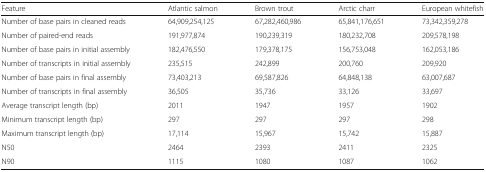
<table><thead><tr><td><b>Feature</b></td><td><b>Atlantic salmon</b></td><td><b>Brown trout</b></td><td><b>Arctic charr</b></td><td><b>European whitefish</b></td></tr></thead><tbody><tr><td>Number of base pairs in cleaned reads</td><td>64,909,254,125</td><td>67,282,460,986</td><td>65,841,176,651</td><td>73,342,359,278</td></tr><tr><td>Number of paired-end reads</td><td>191,977,874</td><td>190,239,319</td><td>180,232,708</td><td>209,578,198</td></tr><tr><td>Number of base pairs in initial assembly</td><td>182,476,550</td><td>179,378,175</td><td>156,753,048</td><td>162,053,186</td></tr><tr><td>Number of transcripts in initial assembly</td><td>235,515</td><td>242,899</td><td>200,760</td><td>209,920</td></tr><tr><td>Number of base pairs in final assembly</td><td>73,403,213</td><td>69,587,826</td><td>64,848,138</td><td>63,007,687</td></tr><tr><td>Number of transcripts in final assembly</td><td>36,505</td><td>35,736</td><td>33,126</td><td>33,697</td></tr><tr><td>Average transcript length (bp)</td><td>2011</td><td>1947</td><td>1957</td><td>1902</td></tr><tr><td>Minimum transcript length (bp)</td><td>297</td><td>297</td><td>297</td><td>298</td></tr><tr><td>Maximum transcript length (bp)</td><td>17,114</td><td>15,967</td><td>15,742</td><td>15,887</td></tr><tr><td>N50</td><td>2464</td><td>2393</td><td>2411</td><td>2325</td></tr><tr><td>N90</td><td>1115</td><td>1080</td><td>1087</td><td>1062</td></tr></tbody></table>